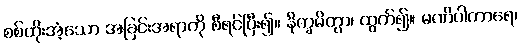
စစ်ထိုးအံ့သော အခြင်းအရာကို စီရင်ပြီး၍။ နိက္ခမိတွာ၊ ထွက်၍။ မဏိပါကာရေ၊